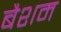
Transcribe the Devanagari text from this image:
बैशम